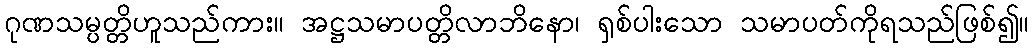
ဂုဏသမ္ပတ္တိဟူသည်ကား။ အဋ္ဌသမာပတ္တိလာဘိနော၊ ရှစ်ပါးသော သမာပတ်ကိုရသည်ဖြစ်၍။